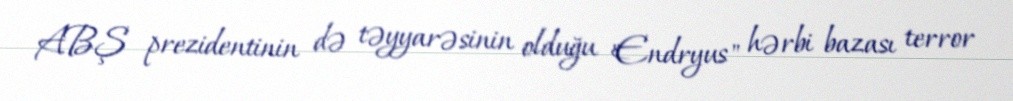
ABŞ prezidentinin də təyyarəsinin olduğu "Endryus" hərbi bazası terror